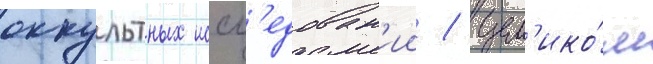
оккультных иссл'едован'ии / цел'ико́м